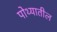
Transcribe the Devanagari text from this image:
पोथ्यातील